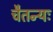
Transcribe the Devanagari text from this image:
चैतन्यः